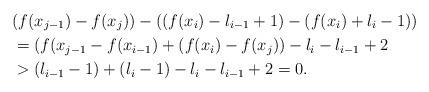
LaTeX: \begin{align*}&(f(x_{j-1})-f(x_j))-((f(x_i)-l_{i-1}+1)-(f(x_i)+l_i-1))\\&=(f(x_{j-1}-f(x_{i-1})+(f(x_i)-f(x_j))-l_i-l_{i-1}+2\\&>(l_{i-1}-1)+(l_i-1)-l_i-l_{i-1}+2=0.\end{align*}